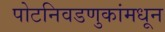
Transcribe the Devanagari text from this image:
पोटनिवडणुकांमधून